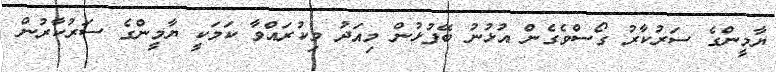
ޔާމީންގެ ސަރުކާރު ގޯސްވެގެން އުޅުނު ބޭފުޅުން މިއަދު މިކުރައްވާ ކަމަކީ ޔާމީންގެ ސަރުކާރުން